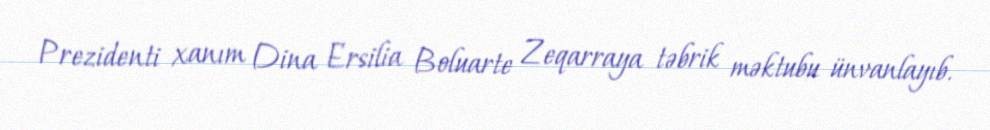
Prezidenti xanım Dina Ersilia Boluarte Zeqarraya təbrik məktubu ünvanlayıb.